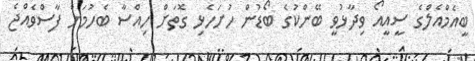
ބީއެމްއެލްގެ ސީއީއޯ ވިދާޅުވީ ބޭންކުގެ ބޯޑުން ހުށަހެޅި ގޮތަށް ހިއްސާ ބެހުމަށް ފާސްވެއްޖެ